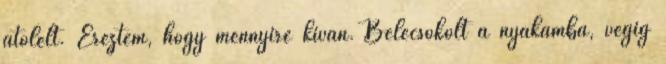
átölelt. Éreztem, hogy mennyire kíván. Belecsókolt a nyakamba, végig